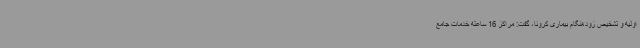
اولیه و تشخیص زودهنگام بیماری کرونا، گفت: مراکز 16 ساعته خدمات جامع